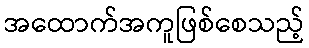
အထောက်အကူဖြစ်စေသည့်